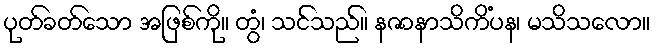
ပုတ်ခတ်သော အဖြစ်ကို။ တွံ၊ သင်သည်။ နဇာနာသိကိံပန၊ မသိသလော။